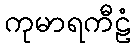
ကုမာရကီဠံ